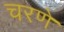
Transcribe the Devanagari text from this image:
चरणें